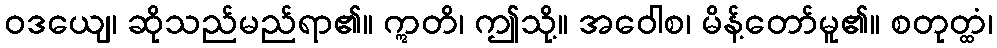
ဝဒယျေ၊ ဆိုသည်မည်ရာ၏။ ဣတိ၊ ဤသို့။ အဝေါစ၊ မိန့်တော်မူ၏။ စတုတ္ထံ၊